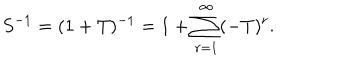
S ^ { - 1 } = ( 1 + T ) ^ { - 1 } = 1 + \sum _ { r = 1 } ^ { \infty } ( - T ) ^ { r } .